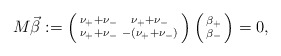
\begin{align*} M \vec{\beta} := \left(\begin{smallmatrix} \nu_+ + \nu_- & \nu_+ + \nu_- \\ \nu_+ + \nu_- & - (\nu_+ + \nu_-) \end{smallmatrix}\right) \left(\begin{smallmatrix} \beta_+ \\ \beta_- \end{smallmatrix}\right) = 0,\end{align*}